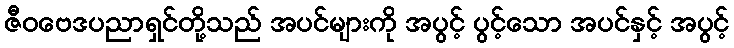
ဇီဝဗေဒပညာရှင်တို့သည် အပင်များကို အပွင့် ပွင့်သော အပင်နှင့် အပွင့်